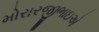
મોરારજીભાઇએ